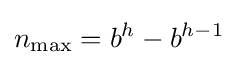
n_{\max }=b^{h}-b^{h-1}